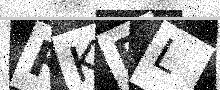
Text: RKPL